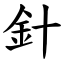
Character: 針